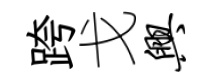
跨戈兴